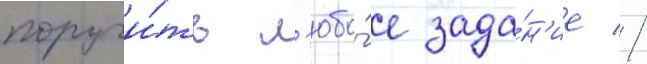
поручи́ть л'юбо́е зада́н'ие //